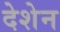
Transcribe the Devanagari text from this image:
देशेन